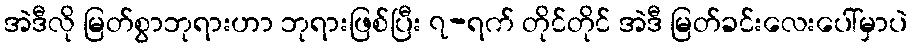
အဲဒီလို မြတ်စွာဘုရားဟာ ဘုရားဖြစ်ပြီး ၇-ရက် တိုင်တိုင် အဲဒီ မြတ်ခင်းလေးပေါ်မှာပဲ